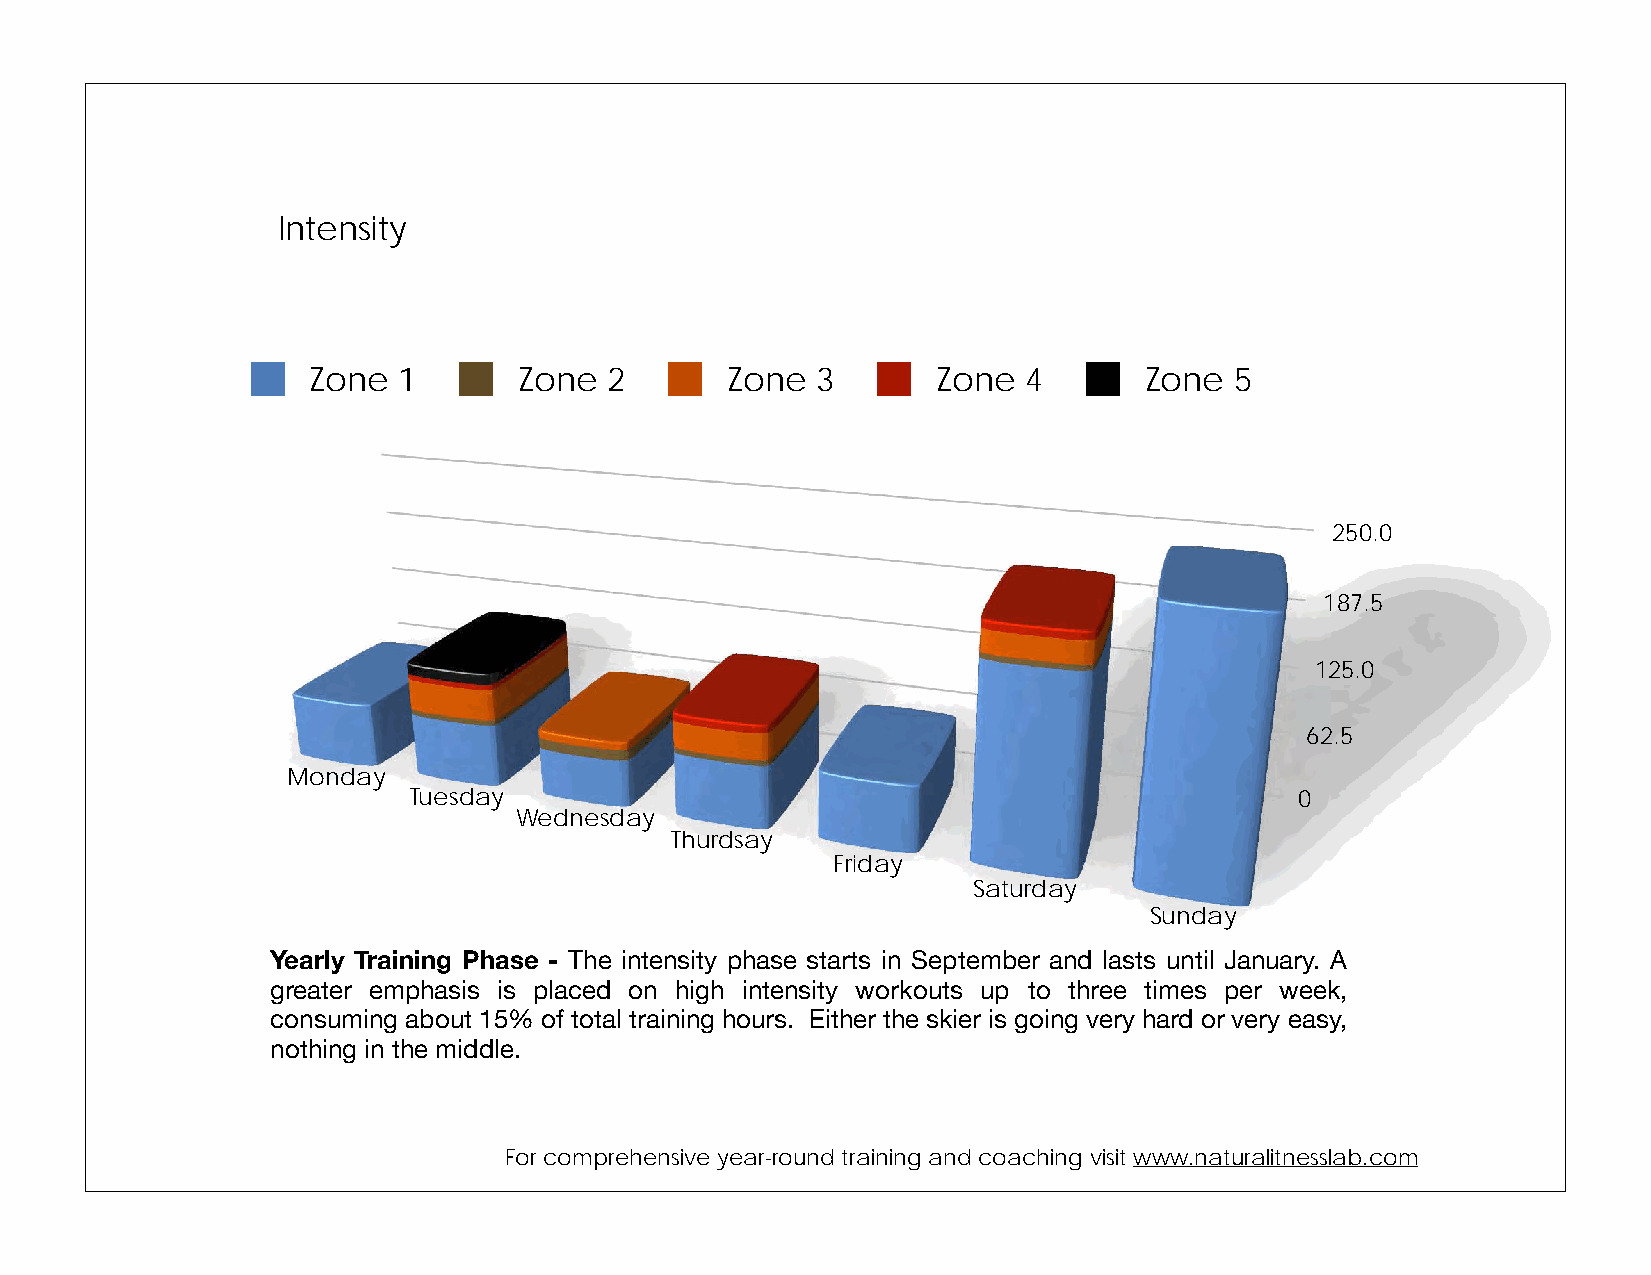
Intensity
 Zone  1       Zone  2       Zone  3       Zone  4       Zone  5
 250.0
 187.5
 125.0
 62.5
 Monday
 Tuesday                                                    0
 Wednesday
 Thurdsay
 Friday
 Saturday
 Sunday
 Yearly Training Phase - The intensity phase starts in September and lasts until January. A
 greater emphasis is placed on high intensity workouts up to three times per week,
 consuming about 15% of total training hours. Either the skier is going very hard or very easy,
 nothing in the middle.
 For comprehensive year-round training and coaching visit www.naturalitnesslab.com